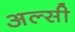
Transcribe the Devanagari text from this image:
अल्सी